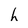
Character: h